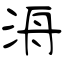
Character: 洀